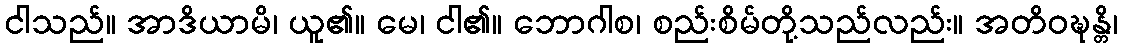
ငါသည်။ အာဒိယာမိ၊ ယူ၏။ မေ၊ ငါ၏။ ဘောဂါစ၊ စည်းစိမ်တို့သည်လည်း။ အတိဝဍ္ဎန္တိ၊